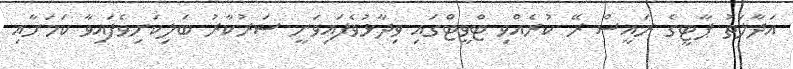
އަދާލަތު ޕާޓީގެ ރައީސް ރޭ ކުރެއްވި ޓްވީޓްގައި ވިދާޅުވެފައިވަނީ ސަރުކާރު ބަލިކަށިވެފައިވާ ކަަމަށާއި